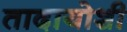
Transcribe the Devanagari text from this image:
तादायोशी